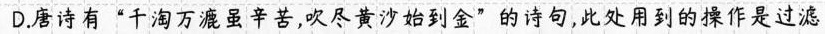
D.唐诗有”千淘万漉虽辛苦，吹尽黄沙始到金”的诗句，此处用到的操作是过滤